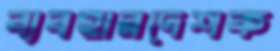
ব্যবহারদেশক